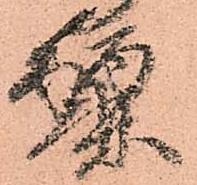
麗